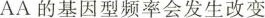
AA的基因型频率会发生改变